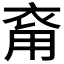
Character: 𧙚